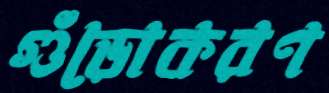
গুঁড়োকরণ